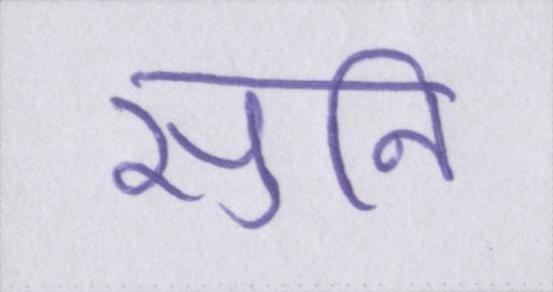
सुनि